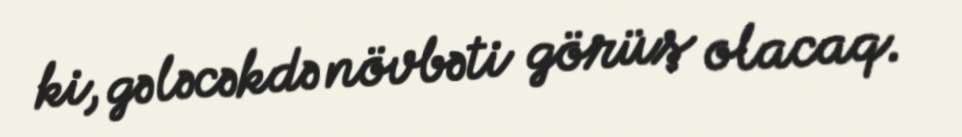
ki, gələcəkdə növbəti görüş olacaq.